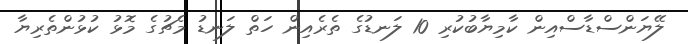
ލޭޔަންސްޑާސްއިން ކާމިޔާބުކުރި 10 ލަނޑުގެ ތެރެއިން ހަތް ލަނޑު މެޗުގެ މޮޅު ކުޅުންތެރިޔާ